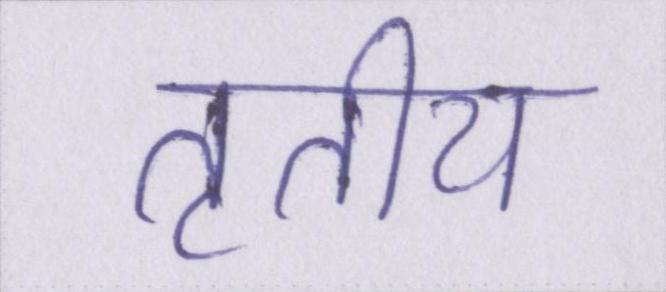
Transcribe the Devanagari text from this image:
तृतीय